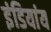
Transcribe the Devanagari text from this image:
इंडियांय